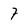
Character: F